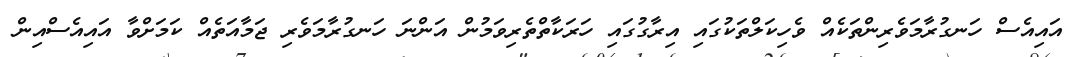
އައިއެސް ހަނގުރާމަވެރިންތަކެއް ވެހިކަލްތަކުގައި އިރާގުގައި ހަރަކާތްތެރިވަމުން އަންނަ ހަނގުރާމަވެރި ޖަމާއަތެއް ކަމަށްވާ އައިއެސްއިން